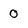
Character: 0